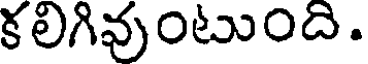
కలిగివుంటుంది.